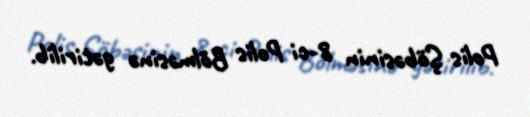
Polis Şöbəsinin 8-ci Polis Bölməsinə gətirilib.